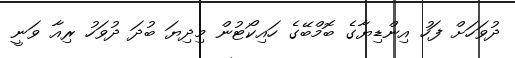
ދުވަހަށް ފަހު އިންޑިޔާގެ ބޮމްބޭގެ ހައިކޯޓުން މިދިޔަ ބުދަ ދުވަހު ރިއާ ވަނީ